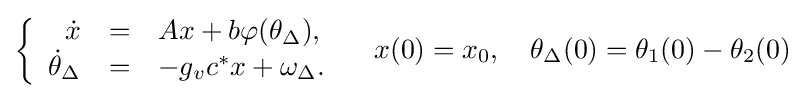
\left\{{\begin{array}{rcl}{\dot {x}}&=&Ax+b\varphi (\theta _{\Delta }),\\{\dot {\theta }}_{\Delta }&=&-g_{v}c^{*}x+\omega _{\Delta }.\\\end{array}}\right.\quad x(0)=x_{0},\quad \theta _{\Delta }(0)=\theta _{1}(0)-\theta _{2}(0)